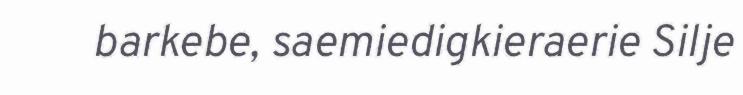
barkebe, saemiedigkieraerie Silje